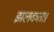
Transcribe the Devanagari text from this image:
झलकता।